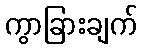
ကွာခြားချက်